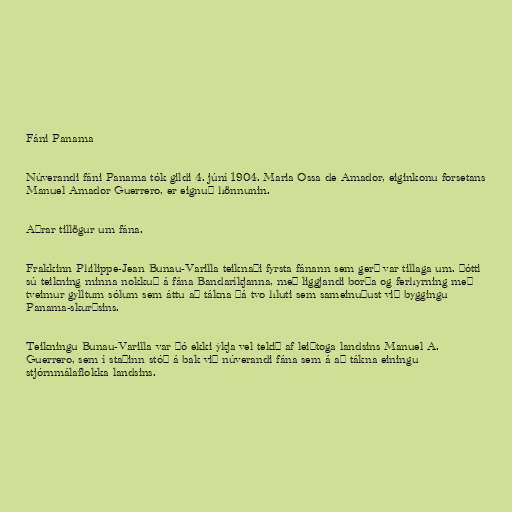
Fáni Panama

Núverandi fáni Panama tók gildi 4. júní 1904. Maria Ossa de Amador, eiginkonu forsetans
Manuel Amador Guerrero, er eignuð hönnunin.

Aðrar tillögur um fána.

Frakkinn Philippe-Jean Bunau-Varilla teiknaði fyrsta fánann sem gerð var tillaga um. Þótti
sú teikning minna nokkuð á fána Bandaríkjanna, með liggjandi borða og ferhyrning með
tveimur gylltum sólum sem áttu að tákna þá tvo hluti sem sameinuðust við byggingu
Panama-skurðsins.

Teikningu Bunau-Varilla var þó ekki ýkja vel tekið af leiðtoga landsins Manuel A.
Guerrero, sem í staðinn stóð á bak við núverandi fána sem á að tákna einingu
stjórnmálaflokka landsins.